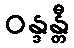
ဝန္ဒန္တီ